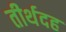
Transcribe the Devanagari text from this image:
तीर्थदह